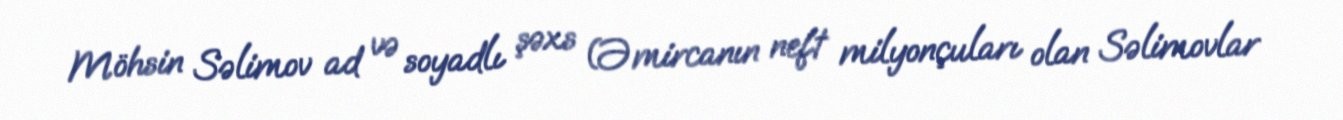
Möhsin Səlimov ad və soyadlı şəxs (Əmircanın neft milyonçuları olan Səlimovlar